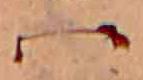
ハ